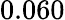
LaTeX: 0.060